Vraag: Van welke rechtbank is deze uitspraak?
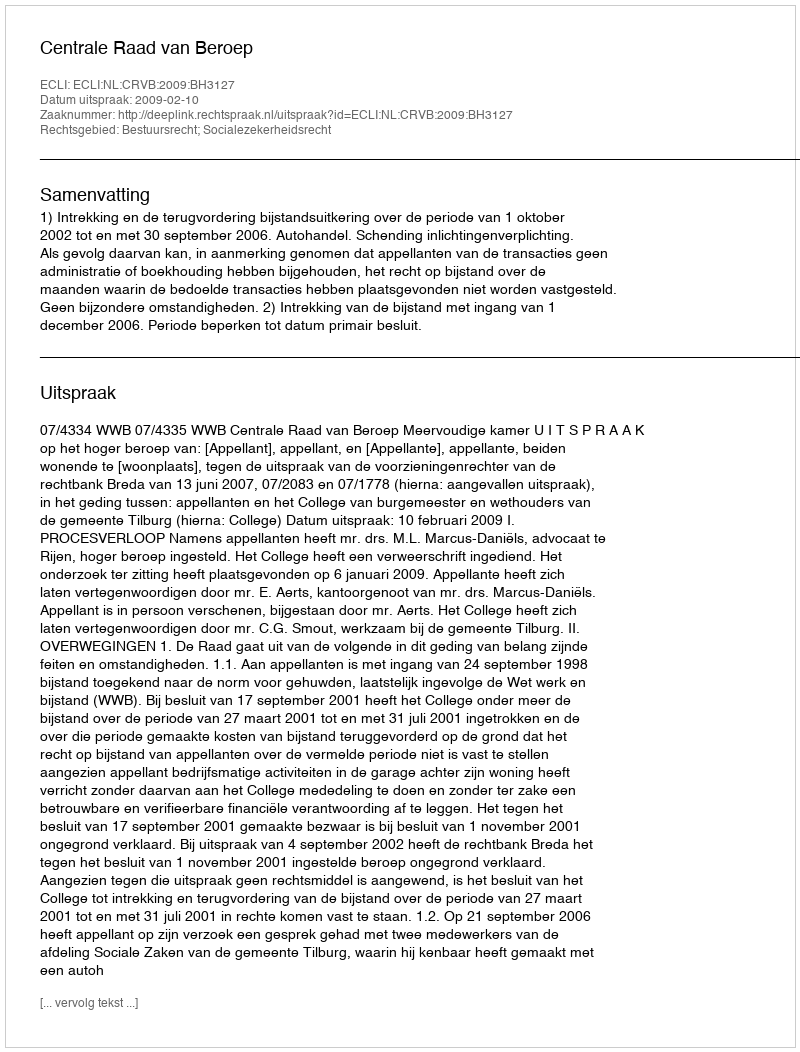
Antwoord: Centrale Raad van Beroep